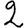
Digit: 2